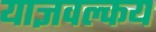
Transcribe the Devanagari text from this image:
याज्ञवल्‍कय